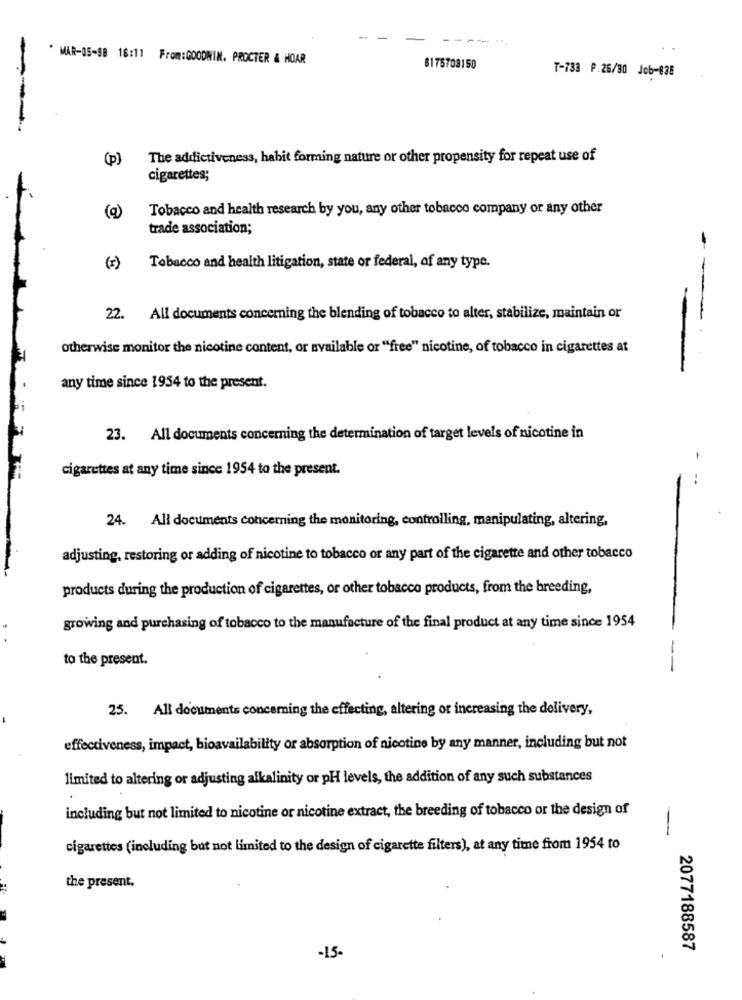
-
----.
" MAR-05-98 16:11 From:GOODWIN. PROCTER & HOAR
6175708150
T-733 P.26/30 Job-838
---
(p)
The addictiveness, habit forming nature or other propensity for repeat use of
cigarettes;
Tobacco and health research by you, any other tobacco company or any other
trade association;
(I)
Tabacco and health litigation, state or federal, of any type.
---
22. All documents concerning the blending of tobacco to alter, stabilize, maintain or
-
otherwise monitor the nicotine content, or available or "free" nicotine, of tobacco in cigarettes at
any time since 1954 to the present.
23. All documents concerning the determination of target levels of nicotine in
-
cigarettes at any time since 1954 to the present.
24. All documents concerning the monitoring, controlling, manipulating, altering,
adjusting, restoring or adding of nicotine to tobacco or any part of the cigarette and other tobacco
products during the production of cigarettes, or other tobacco products, from the breeding,
growing and purchasing of tobacco to the manufacture of the final product at any time since 1954
-
to the present.
25. All documents concerning the effecting, altering or increasing the delivery,
effectiveness, impact, bioavailability or absorption of nicotine by any manner, including but not
limited to altering or adjusting alkalinity or pH levels, the addition of any such substances
including but not limited to nicotine or nicotine extract, the breeding of tobacco or the design of
--
cigarettes (including but not limited to the design of cigarette filters), at any time from 1954 to
the present.
-15-
2077188587